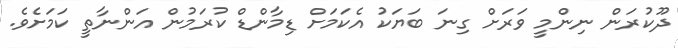
ދޫކުރަން ނިންމީ ވަރަށް ގިނަ ބަޔަކު އެކަމަށް ޑިމާންޑް ކުރަމުން އަންނާތީ ކަމަށެވެ.